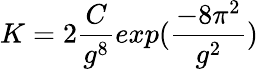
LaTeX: K=2{\frac{C}{g^{8}}}exp({\frac{-8\pi^{2}}{g^{2}}})